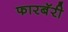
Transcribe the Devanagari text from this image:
फारबॅरी